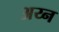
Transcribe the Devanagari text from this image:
अय्न